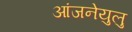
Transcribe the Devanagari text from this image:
आंजनेयुलु